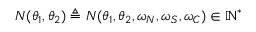
N ( \theta _ { 1 } , \theta _ { 2 } ) \triangleq N ( \theta _ { 1 } , \theta _ { 2 } , \omega _ { N } , \omega _ { S } , \omega _ { C } ) \in \mathbb { N } ^ { * }